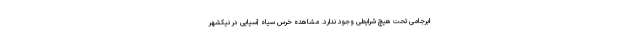
ابرجامی تحت هیچ شرایطی وجود ندارد. مشاهده خرس سیاه آسیایی در نیکشهر